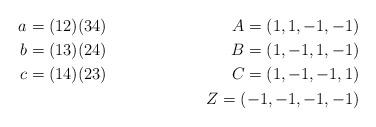
LaTeX: \begin{align*}a & = (12)(34) &A = (1,1,-1,-1) \\b & = (13)(24) &B = (1,-1,1,-1) \\c & = (14)(23) &C = (1,-1,-1,1) \\&&Z = (-1,-1,-1,-1)\end{align*}